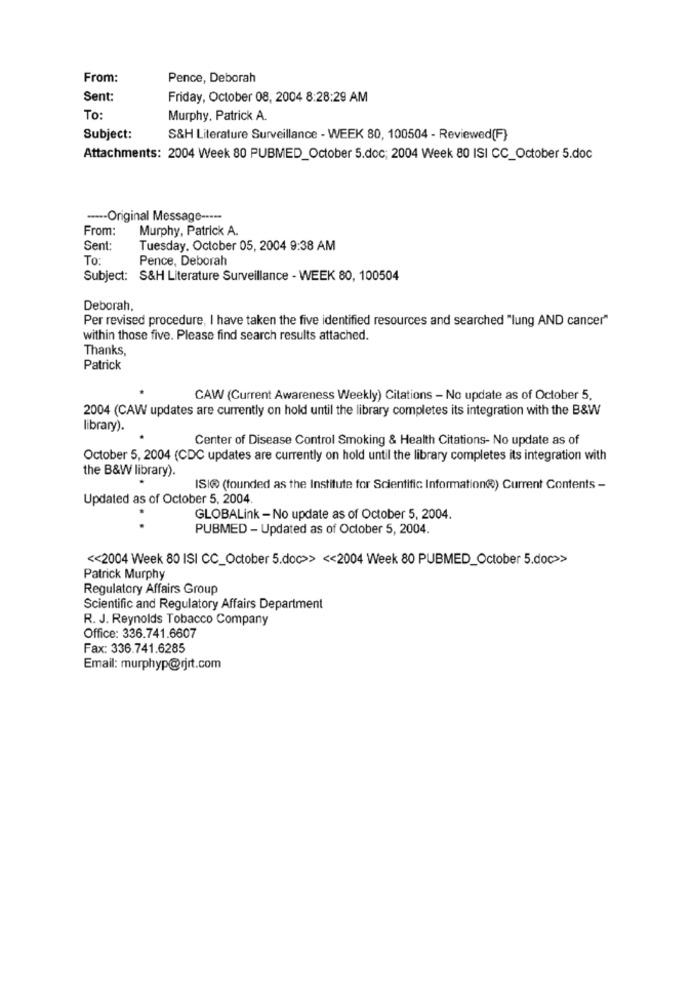
From:
Pence, Deborah
Sent:
Friday, October 08, 2004 8:28:29 AM
To:
Murphy, Patrick A.
Subject:
S&H Literature Surveillance - WEEK 80, 100504 - Reviewed[F}
Attachments: 2004 Week 80 PUBMED_October 5.doc; 2004 Week 80 ISI CC_October 5.doc
----- Original Message -----
From:
Murphy, Patrick A.
Sent:
Tuesday, October 05, 2004 9:38 AM
To:
Pence, Deborah
Subject: S&H Literature Surveillance - WEEK 80, 100504
Deborah,
Per revised procedure, I have taken the five identified resources and searched "lung AND cancer"
within those five. Please find search results attached.
Thanks,
Patrick
CAW (Current Awareness Weekly) Citations - No update as of October 5.
2004 (CAW updates are currently on hold until the library completes its integration with the B&W
library).
Center of Disease Control Smoking & Health Citations- No update as of
October 5, 2004 (CDC updates are currently on hold until the library completes its integration with
the B&W library).
ISIR (founded as the Institute for Scientific Information®) Current Contents -
Updated as of October 5, 2004
GLOBALink - No update as of October 5, 2004.
PUBMED - Updated as of October 5, 2004.
<< 2004 Week 80 IS| CC_October 5.doc> << 2004 Week 80 PUBMED_October 5.doc>>
Patrick Murphy
Regulatory Affairs Group
Scientific and Regulatory Affairs Department
R. J. Reynolds Tobacco Company
Office: 336.741.6607
Fax: 336.741.6285
Email: murphyp@rjrt.com